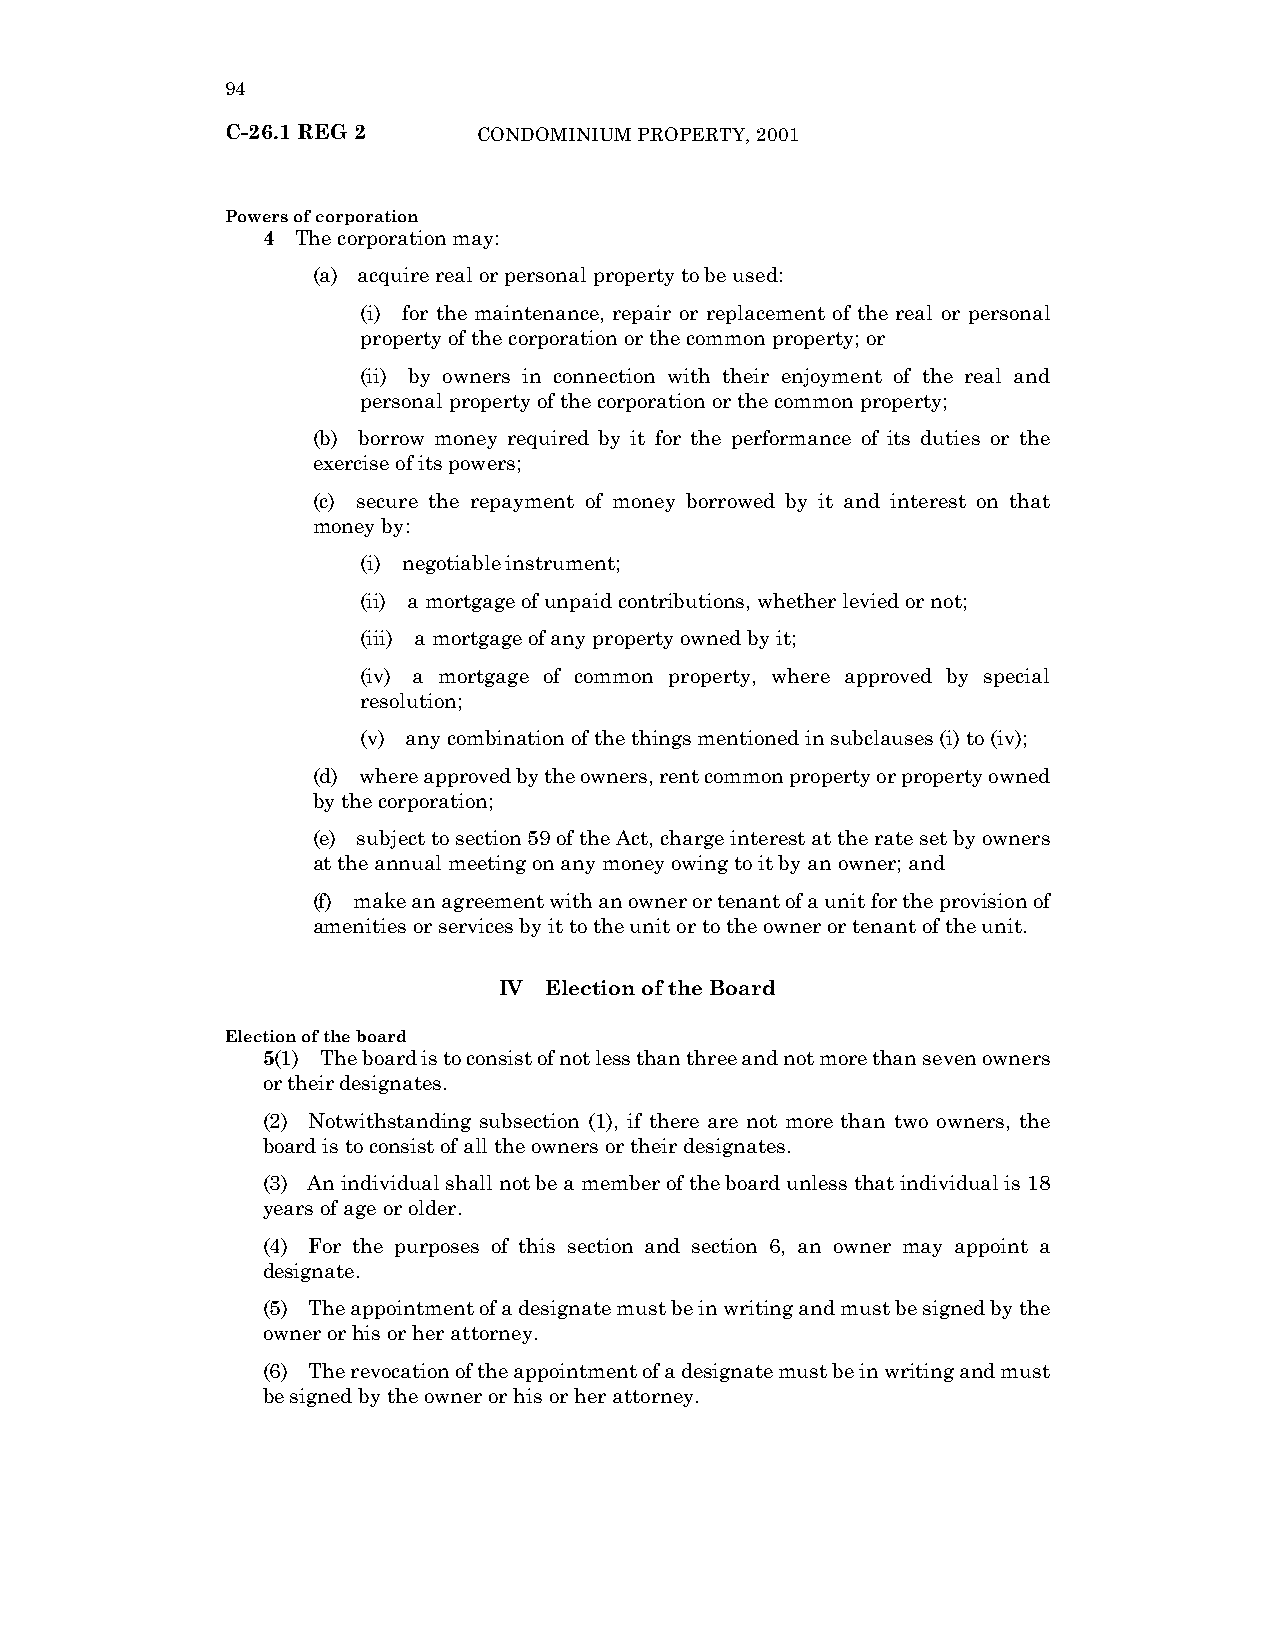
94
 C-26.1 REG 2     CONDOMINIUM PROPERTY, 2001
 Powers of corporation
 4  The corporation may:
 (a) acquire real or personal property to be used:
 (i) for the maintenance, repair or replacement of the real or personal
 property of the corporation or the common property; or
 (ii) by owners in connection with their enjoyment of the real and
 personal property of the corporation or the common property;
 (b) borrow money required by it for the performance of its duties or the
 exercise of its powers;
 (c) secure the repayment of money borrowed by it and interest on that
 money by:
 (i) negotiable instrument;
 (ii) a mortgage of unpaid contributions, whether levied or not;
 (iii) a mortgage of any property owned by it;
 (iv) a mortgage of common property, where approved by special
 resolution;
 (v) any combination of the things mentioned in subclauses (i) to (iv);
 (d) where approved by the owners, rent common property or property owned
 by the corporation;
 (e) subject to section 59 of the Act, charge interest at the rate set by owners
 at the annual meeting on any money owing to it by an owner; and
 (f) make an agreement with an owner or tenant of a unit for the provision of
 amenities or services by it to the unit or to the owner or tenant of the unit.
 IV Election of the Board
 Election of the board
 5(1) The board is to consist of not less than three and not more than seven owners
 or their designates.
 (2) Notwithstanding subsection (1), if there are not more than two owners, the
 board is to consist of all the owners or their designates.
 (3) An individual shall not be a member of the board unless that individual is 18
 years of age or older.
 (4) For the purposes of this section and section 6, an owner may appoint a
 designate.
 (5) The appointment of a designate must be in writing and must be signed by the
 owner or his or her attorney.
 (6) The revocation of the appointment of a designate must be in writing and must
 be signed by the owner or his or her attorney.